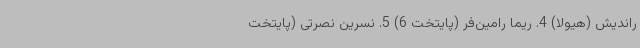
راندیش (هیولا) 4. ریما رامین‌فر (پایتخت 6) 5. نسرین نصرتی (پایتخت